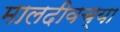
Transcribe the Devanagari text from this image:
मालदीवच्या